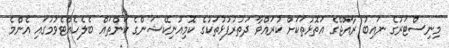
މިނިސްޓަރުގެ ނައިބު ރާއްޖޭގެ އަތޮޅުތަކަށް ކުރައްވާ ދަތުރުފުޅުތަކުގެ ކޮމިއުނިކޭޝަންގެ ކަންތައް ބެލެހެއްޓެވުމުގައި އެންމެ